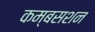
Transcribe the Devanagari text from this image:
कम्बसशन